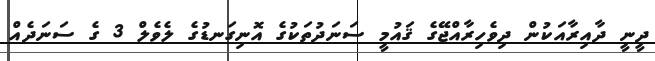
ދީނީ ދާއިރާއަކުން ދިވެހިރާއްޖޭގެ ޤައުމީ ސަނަދުތަކުގެ އޮނިގަނޑުގެ ލެވެލް 3 ގެ ސަނަދެއް